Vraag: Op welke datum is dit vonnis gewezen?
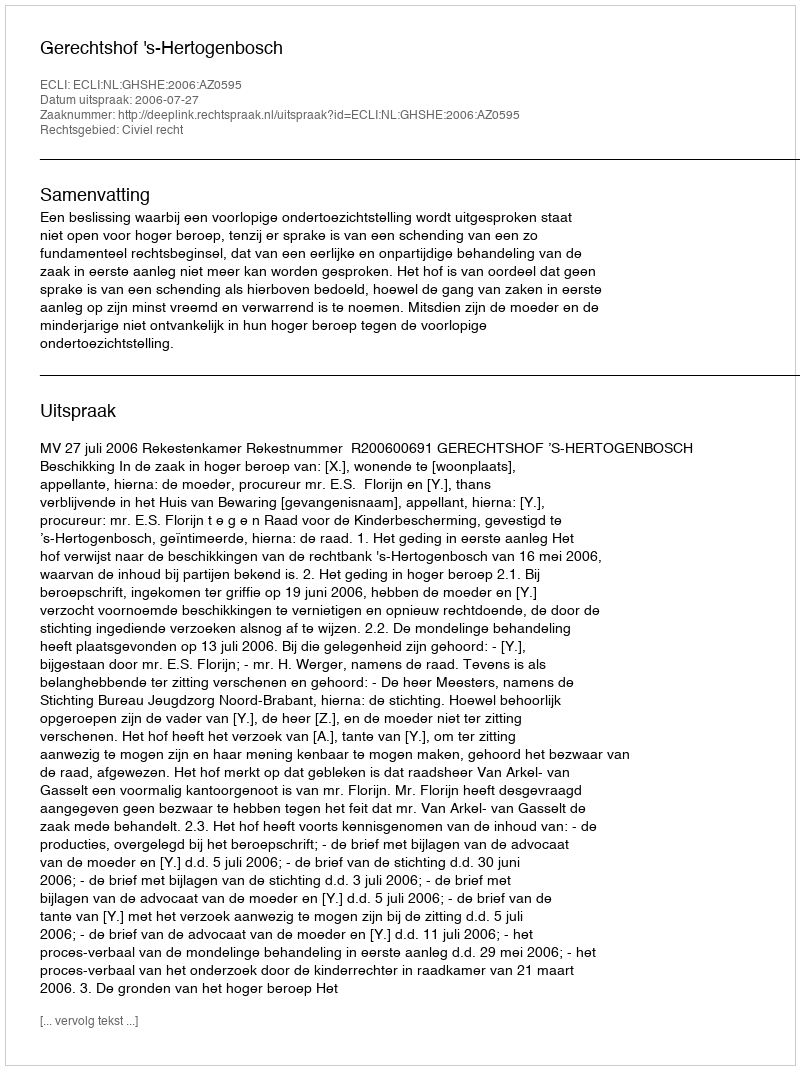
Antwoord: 2006-07-27